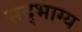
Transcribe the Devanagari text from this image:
सद्‌भाग्य